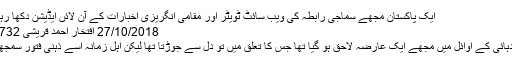
ایک پاکستان مجھے سماجی رابطہ کی ویب سائٹ ٹویٹر اور مقامی انگریزی اخبارات کے آن لائں ایڈیشن دکھا رہے ہیں…
27/10/2018 افتخار احمد قریشی 732 Views
نوے کی دہائی کے اوائل میں مجھے ایک عارضہ لاحق ہو گیا تھا جس کا تعلق میں تو دل سے جوڑتا تھا لیکن اہل زمانہ اسے ذہنی فتور سمجھتے تھے۔